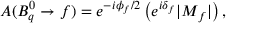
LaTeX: A ( B _ { q } ^ { 0 } \to f ) = e ^ { - i \phi _ { f } / 2 } \left( e ^ { i \delta _ { f } } | M _ { f } | \right) ,